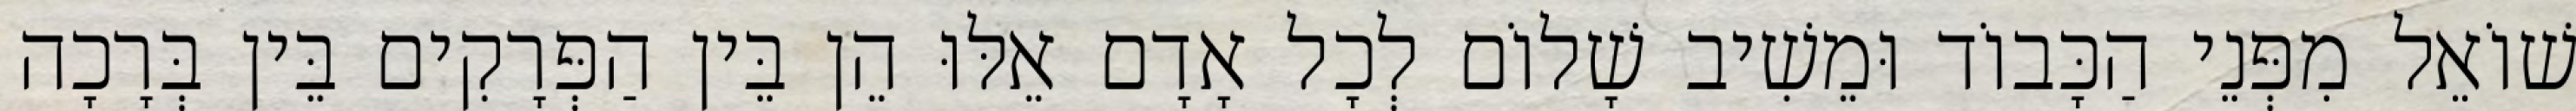
שׁוֹאֵל מִפְּנֵי הַכָּבוֹד וּמֵשִׁיב שָׁלוֹם לְכָל אָדָם אֵלּוּ הֵן בֵּין הַפְּרָקִים בֵּין בְּרָכָה